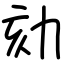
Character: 劾